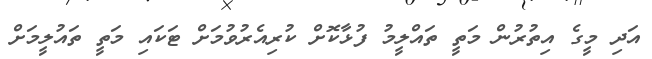
އަދި މީގެ އިތުރުން މަތީ ތައްލީމު ފުޅާކޮށް ކުރިއެރުވުމަށް ޓަކައި މަތީ ތައުލީމަށް